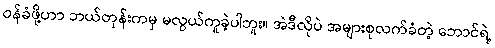
ဝန်ခံဖို့ဟာ ဘယ်တုန်းကမှ မလွယ်ကူခဲ့ပါဘူး။ အဲဒီလိုပဲ အများစုလက်ခံတဲ့ ဘောင်ရဲ့